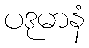
ပဒုမာနံ